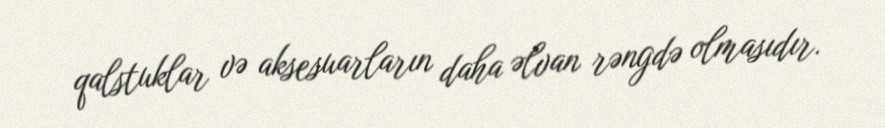
qalstuklar və aksesuarların daha əlvan rəngdə olmasıdır.